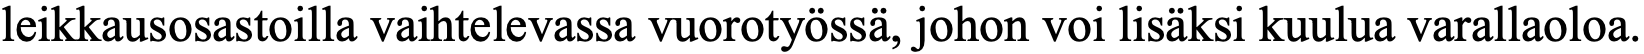
leikkausosastoilla vaihtelevassa vuorotyössä, johon voi lisäksi kuulua varallaoloa.